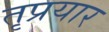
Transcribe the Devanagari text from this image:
तृप्रयार